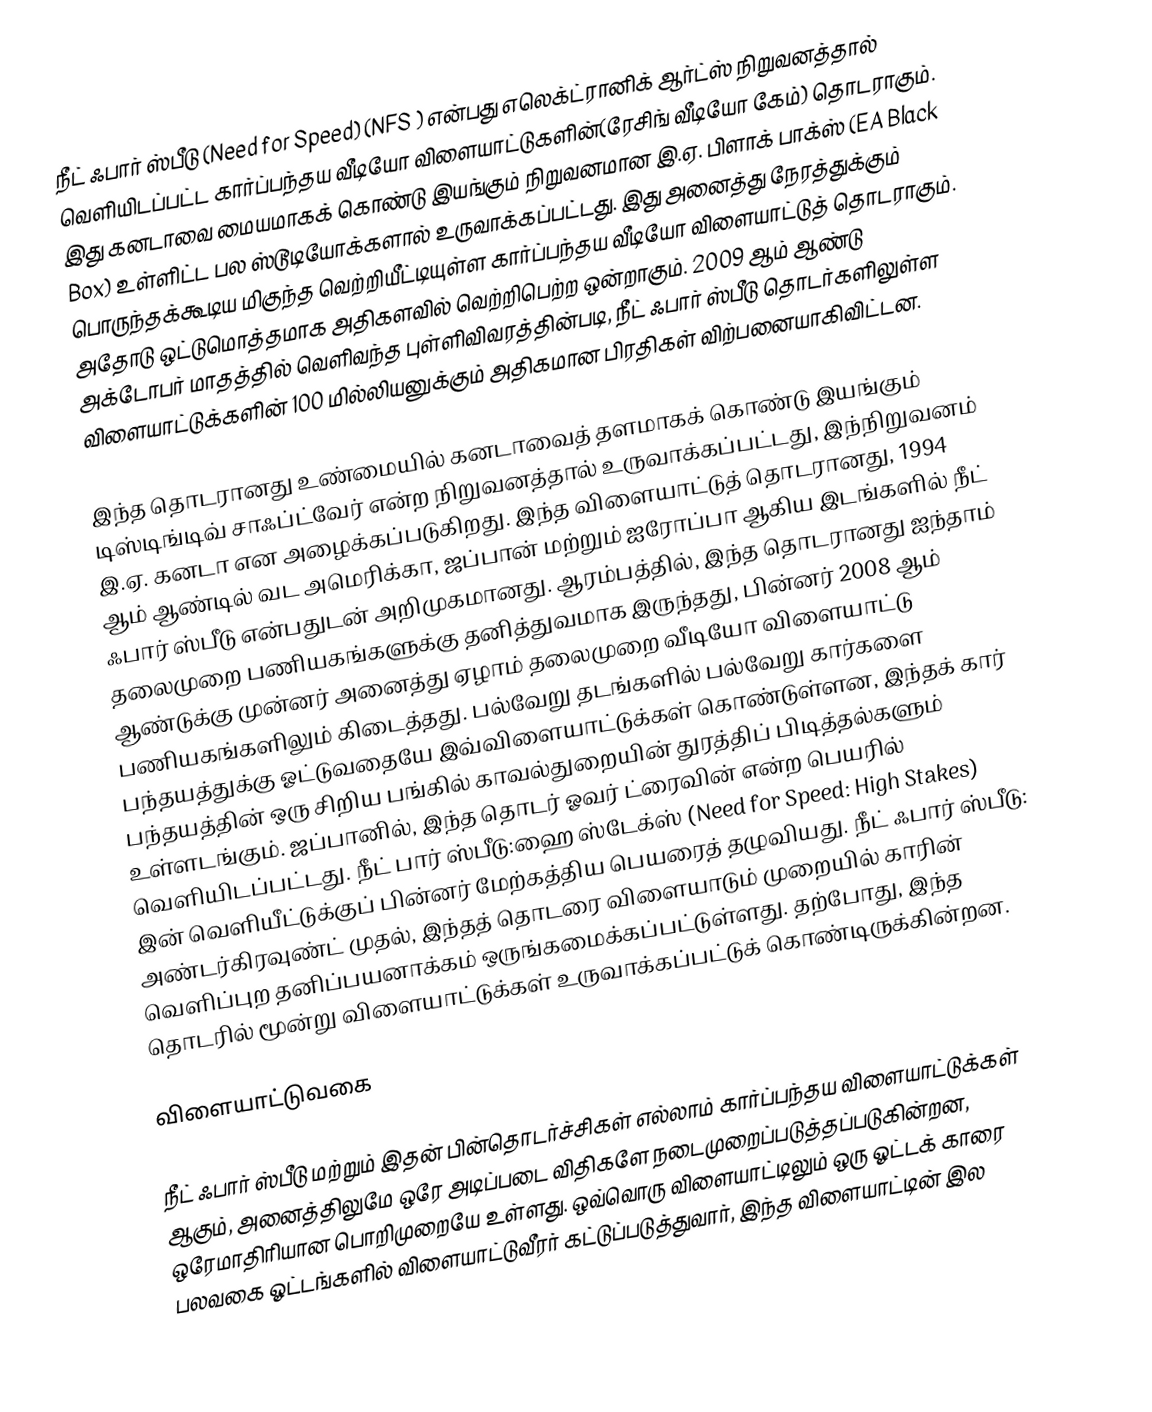
நீட் ஃபார் ஸ்பீடு  (Need for Speed) (NFS ) என்பது எலெக்ட்ரானிக் ஆர்ட்ஸ் நிறுவனத்தால் வெளியிடப்பட்ட கார்ப்பந்தய வீடியோ விளையாட்டுகளின்(ரேசிங் வீடியோ கேம்) தொடராகும். இது கனடாவை மையமாகக் கொண்டு இயங்கும் நிறுவனமான இ.ஏ. பிளாக் பாக்ஸ் (EA Black Box) உள்ளிட்ட பல ஸ்டூடியோக்களால் உருவாக்கப்பட்டது. இது அனைத்து நேரத்துக்கும் பொருந்தக்கூடிய மிகுந்த வெற்றியீட்டியுள்ள கார்ப்பந்தய வீடியோ விளையாட்டுத் தொடராகும். அதோடு ஒட்டுமொத்தமாக அதிகளவில் வெற்றிபெற்ற ஒன்றாகும். 2009 ஆம் ஆண்டு அக்டோபர் மாதத்தில் வெளிவந்த புள்ளிவிவரத்தின்படி, நீட் ஃபார் ஸ்பீடு தொடர்களிலுள்ள விளையாட்டுக்களின் 100 மில்லியனுக்கும் அதிகமான பிரதிகள் விற்பனையாகிவிட்டன.

இந்த தொடரானது உண்மையில் கனடாவைத் தளமாகக் கொண்டு இயங்கும் டிஸ்டிங்டிவ் சாஃப்ட்வேர் என்ற நிறுவனத்தால் உருவாக்கப்பட்டது, இந்நிறுவனம் இ.ஏ. கனடா என அழைக்கப்படுகிறது. இந்த விளையாட்டுத் தொடரானது, 1994 ஆம் ஆண்டில் வட அமெரிக்கா, ஜப்பான் மற்றும் ஐரோப்பா ஆகிய இடங்களில் நீட் ஃபார் ஸ்பீடு என்பதுடன் அறிமுகமானது. ஆரம்பத்தில், இந்த தொடரானது ஐந்தாம் தலைமுறை பணியகங்களுக்கு தனித்துவமாக இருந்தது, பின்னர் 2008 ஆம் ஆண்டுக்கு முன்னர் அனைத்து ஏழாம் தலைமுறை வீடியோ விளையாட்டு பணியகங்களிலும் கிடைத்தது. பல்வேறு தடங்களில் பல்வேறு கார்களை பந்தயத்துக்கு ஓட்டுவதையே இவ்விளையாட்டுக்கள் கொண்டுள்ளன, இந்தக் கார் பந்தயத்தின் ஒரு சிறிய பங்கில் காவல்துறையின் துரத்திப் பிடித்தல்களும் உள்ளடங்கும். ஜப்பானில், இந்த தொடர் ஓவர் ட்ரைவின் என்ற பெயரில் வெளியிடப்பட்டது. நீட் பார் ஸ்பீடு:ஹை ஸ்டேக்ஸ் (Need for Speed: High Stakes) இன் வெளியீட்டுக்குப் பின்னர் மேற்கத்திய பெயரைத் தழுவியது. நீட் ஃபார் ஸ்பீடு: அண்டர்கிரவுண்ட் முதல், இந்தத் தொடரை விளையாடும் முறையில் காரின் வெளிப்புற தனிப்பயனாக்கம் ஒருங்கமைக்கப்பட்டுள்ளது. தற்போது, இந்த தொடரில் மூன்று விளையாட்டுக்கள் உருவாக்கப்பட்டுக் கொண்டிருக்கின்றன.

விளையாட்டுவகை

நீட் ஃபார் ஸ்பீடு மற்றும் இதன் பின்தொடர்ச்சிகள் எல்லாம் கார்ப்பந்தய விளையாட்டுக்கள் ஆகும், அனைத்திலுமே ஒரே அடிப்படை விதிகளே நடைமுறைப்படுத்தப்படுகின்றன, ஒரேமாதிரியான பொறிமுறையே உள்ளது. ஒவ்வொரு விளையாட்டிலும் ஒரு ஓட்டக் காரை பலவகை ஓட்டங்களில் விளையாட்டுவீரர் கட்டுப்படுத்துவார், இந்த விளையாட்டின் இல